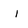
Character: i